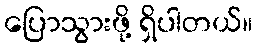
ပြောသွားဖို့ ရှိပါတယ်။